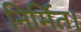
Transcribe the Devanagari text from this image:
निर्मित।